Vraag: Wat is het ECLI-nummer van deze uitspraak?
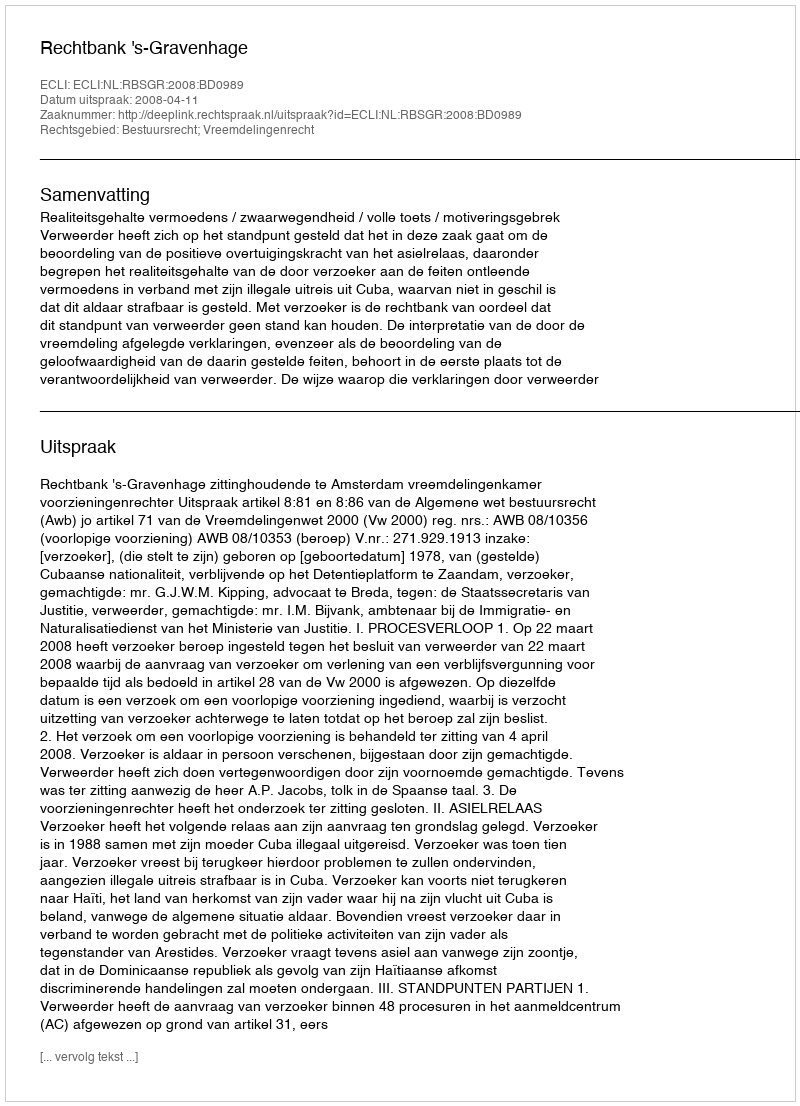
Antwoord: ECLI:NL:RBSGR:2008:BD0989